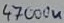
Text: 47000u